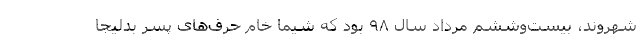
شهروند، بیست‌وششم مرداد سال ۹۸ بود که شیما خام حرف‌های پسر بدلیجا